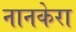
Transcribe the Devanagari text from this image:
नानकेरा